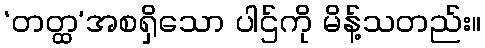
‘တတ္ထ’အစရှိသော ပါဌ်ကို မိန့်သတည်း။